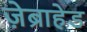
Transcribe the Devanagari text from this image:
ज़ेब्राहेड